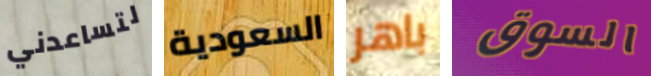
لتساعدني السعودية باهر السوق